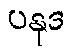
ပနုဒ